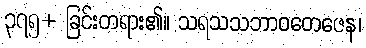
၃၇၅+ ခြင်းတရား၏။ သရသသဘာဝတေဇေန၊